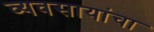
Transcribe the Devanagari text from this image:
व्यवसायांचा